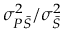
\sigma _ { P \bar { S } } ^ { 2 } / \sigma _ { \bar { S } } ^ { 2 }